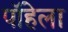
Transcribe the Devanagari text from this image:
पॉहेला